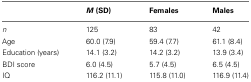
<table><thead><tr><td></td><td><b><i>M</i> (SD)</b></td><td><b>Females</b></td><td><b>Males</b></td></tr></thead><tbody><tr><td><i>n</i></td><td>125</td><td>83</td><td>42</td></tr><tr><td>Age</td><td>60.0 (7.9)</td><td>59.4 (7.7)</td><td>61.1 (8.4)</td></tr><tr><td>Education (years)</td><td>14.1 (3.2)</td><td>14.2 (3.2)</td><td>13.9 (3.4)</td></tr><tr><td>BDI score</td><td>6.0 (4.5)</td><td>5.7 (4.5)</td><td>6.5 (4.5)</td></tr><tr><td>IQ</td><td>116.2 (11.1)</td><td>115.8 (11.0)</td><td>116.9 (11.4)</td></tr></tbody></table>